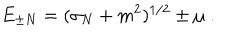
E _ { \pm N } = ( \sigma _ { N } + m ^ { 2 } ) ^ { 1 / 2 } \pm \mu \; .